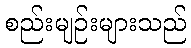
စည်းမျဉ်းများသည်